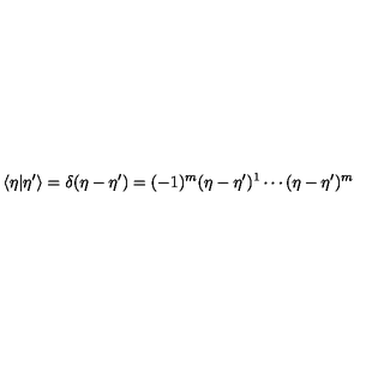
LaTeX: \langle \eta | \eta ^ { \prime } \rangle = \delta ( \eta - \eta ^ { \prime } ) = ( - 1 ) ^ { m } ( \eta - \eta ^ { \prime } ) ^ { 1 } \cdots ( \eta - \eta ^ { \prime } ) ^ { m }